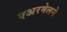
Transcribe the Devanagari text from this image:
एअरमेलने